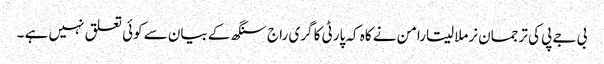
بی جے پی کی ترجمان نرملا سیتارامن نے کاہ کہ پارٹی کا گری راج سنگھ کے بیان سے کوئی تعلق نہیں ہے ۔